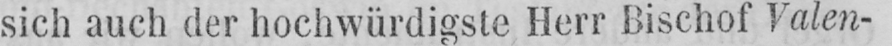
sich auch der hochwürdigste Herr Bischof Valen-